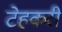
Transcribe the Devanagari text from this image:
टेहकरी